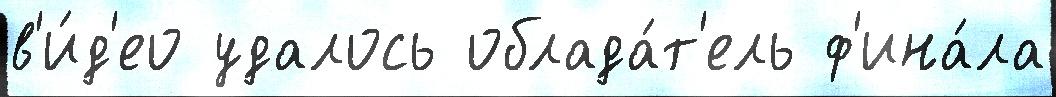
в'и́д'ео удалось облада́т'ель ф'ина́ла